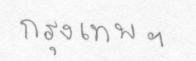
กรุงเทพฯ